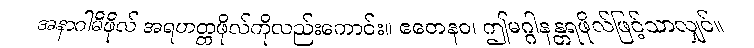
အနာဂါမိဖိုလ် အရဟတ္တဖိုလ်ကိုလည်းကောင်း။ ဧတေနဝ၊ ဤမဂ္ဂါနန္တရဖိုလ်ဖြင့်သာလျှင်။